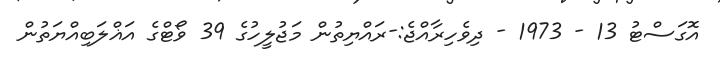
އޮގަސްޓު 13 - 1973 - ދިވެހިރާއްޖެ:-ރައްޔިތުން މަޖުލީހުގެ 39 ވޯޓްގެ އަޣްލަބިއްޔަތުން